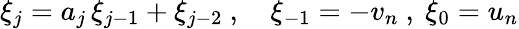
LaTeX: \xi_{j}=a_{j}\, \xi_{j-1}+\xi_{j-2}\ ,\quad\xi_{-1}=-v_{n}\ ,\ \xi_{0}=u_{n}